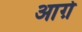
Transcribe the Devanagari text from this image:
आग़े